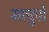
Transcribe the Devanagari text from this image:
माचुपो